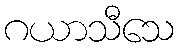
ဂယာသီသေ